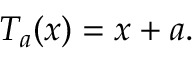
T _ { a } ( x ) = x + a .